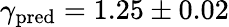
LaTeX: \gamma_{\mathrm{pred}}=1.25\pm 0.02